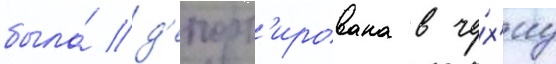
была́ д'епорт'ирована в че́х'иу